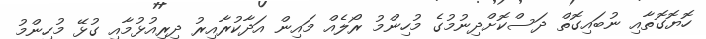
ހޮޔޮގޮތާއި ނުބައިގޮތް ދަސްކޮށްދިނުމުގެ މުހިންމު ރޯލެއް މައިން އަދާކުރާއިރު ދިރިއުޅުމާއި ގުޅޭ މުހިންމު